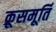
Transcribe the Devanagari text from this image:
क्रूसमूर्ति